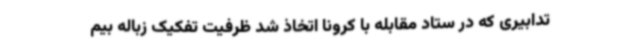
تدابیری که در ستاد مقابله با کرونا اتخاذ شد ظرفیت تفکیک زباله بیم